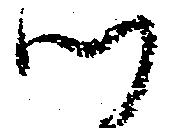
つ